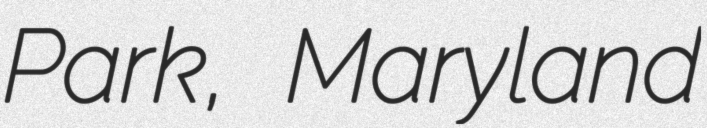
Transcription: Park, Maryland